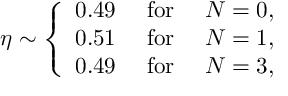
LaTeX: \eta \sim \left\{ \begin{array} { c c c } { { 0 . 4 9 } } & { { \mathrm { ~ f o r ~ } } } & { { N = 0 , } } \\ { { 0 . 5 1 } } & { { \mathrm { ~ f o r ~ } } } & { { N = 1 , } } \\ { { 0 . 4 9 } } & { { \mathrm { ~ f o r ~ } } } & { { N = 3 , } } \end{array} \right.